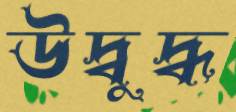
উদ্বুদ্ধ